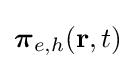
{\boldsymbol {\pi }}_{e,h}(\mathbf {r} ,t)